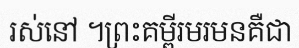
រស់នៅ ។ព្រះគម្ពីរមរមនគឺជា